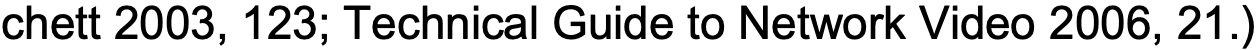
chett 2003, 123; Technical Guide to Network Video 2006, 21.)